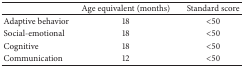
<table><thead><tr><td><b> </b></td><td><b>Age equivalent (months)</b></td><td><b>Standard score</b></td></tr></thead><tbody><tr><td>Adaptive behavior</td><td>18</td><td>&lt;50</td></tr><tr><td>Social-emotional</td><td>18</td><td>&lt;50</td></tr><tr><td>Cognitive</td><td>18</td><td>&lt;50</td></tr><tr><td>Communication</td><td>12</td><td>&lt;50</td></tr></tbody></table>